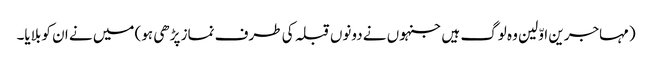
(مہاجرین اوّلین وہ لوگ ہیں جنہوں نے دونوں قبلہ کی طرف نماز پڑھی ہو) میں نے ان کو بلایا۔